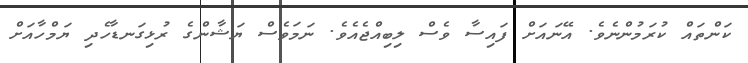
ކަންތައް ކުރަމުންނެވެ. އޭނައަށް ފައިސާ ވެސް ލިބިއްޖެއެވެ. ނަމަވެސް ޔަޝާންގެ ރުޅިގަނޑާހެދި ޔަމްހާއަށް